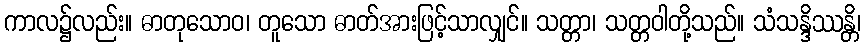
ကာလ၌လည်း။ ဓာတုသောဝ၊ တူသော ဓာတ်အားဖြင့်သာလျှင်။ သတ္တာ၊ သတ္တဝါတို့သည်။ သံသန္ဒိဿန္တိ၊